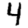
Digit: 4